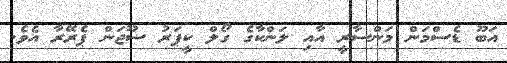
އަބޫ ޑެސްމަން މަންސާރީ އާއި ލަންކާގެ ގޯލް ކީޕަރު ސޫޖަން ޕެރޭރާ އެވެ.